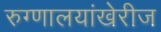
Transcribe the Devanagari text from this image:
रुग्णालयांखेरीज